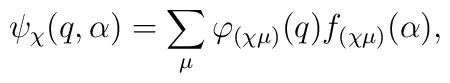
\psi_{\chi}(q,\alpha) = 	\sum_{\mu} \varphi_{(\chi \mu)}(q) f_{(\chi \mu)}(\alpha),